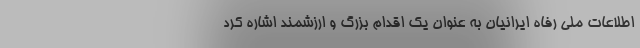
اطلاعات ملی رفاه ایرانیان به عنوان یک اقدام بزرگ و ارزشمند اشاره کرد